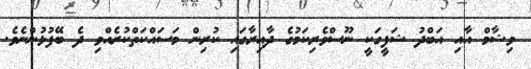
ވިޝާމް އާއި އަބްދު ޝަފީގަކީ ނޫސްވެރިކަމުގެ ދާއިރާގައި ކުރިން މަަސައްކަތްކުރެއްވި ދެ ބޭފުޅުންނެވެ.